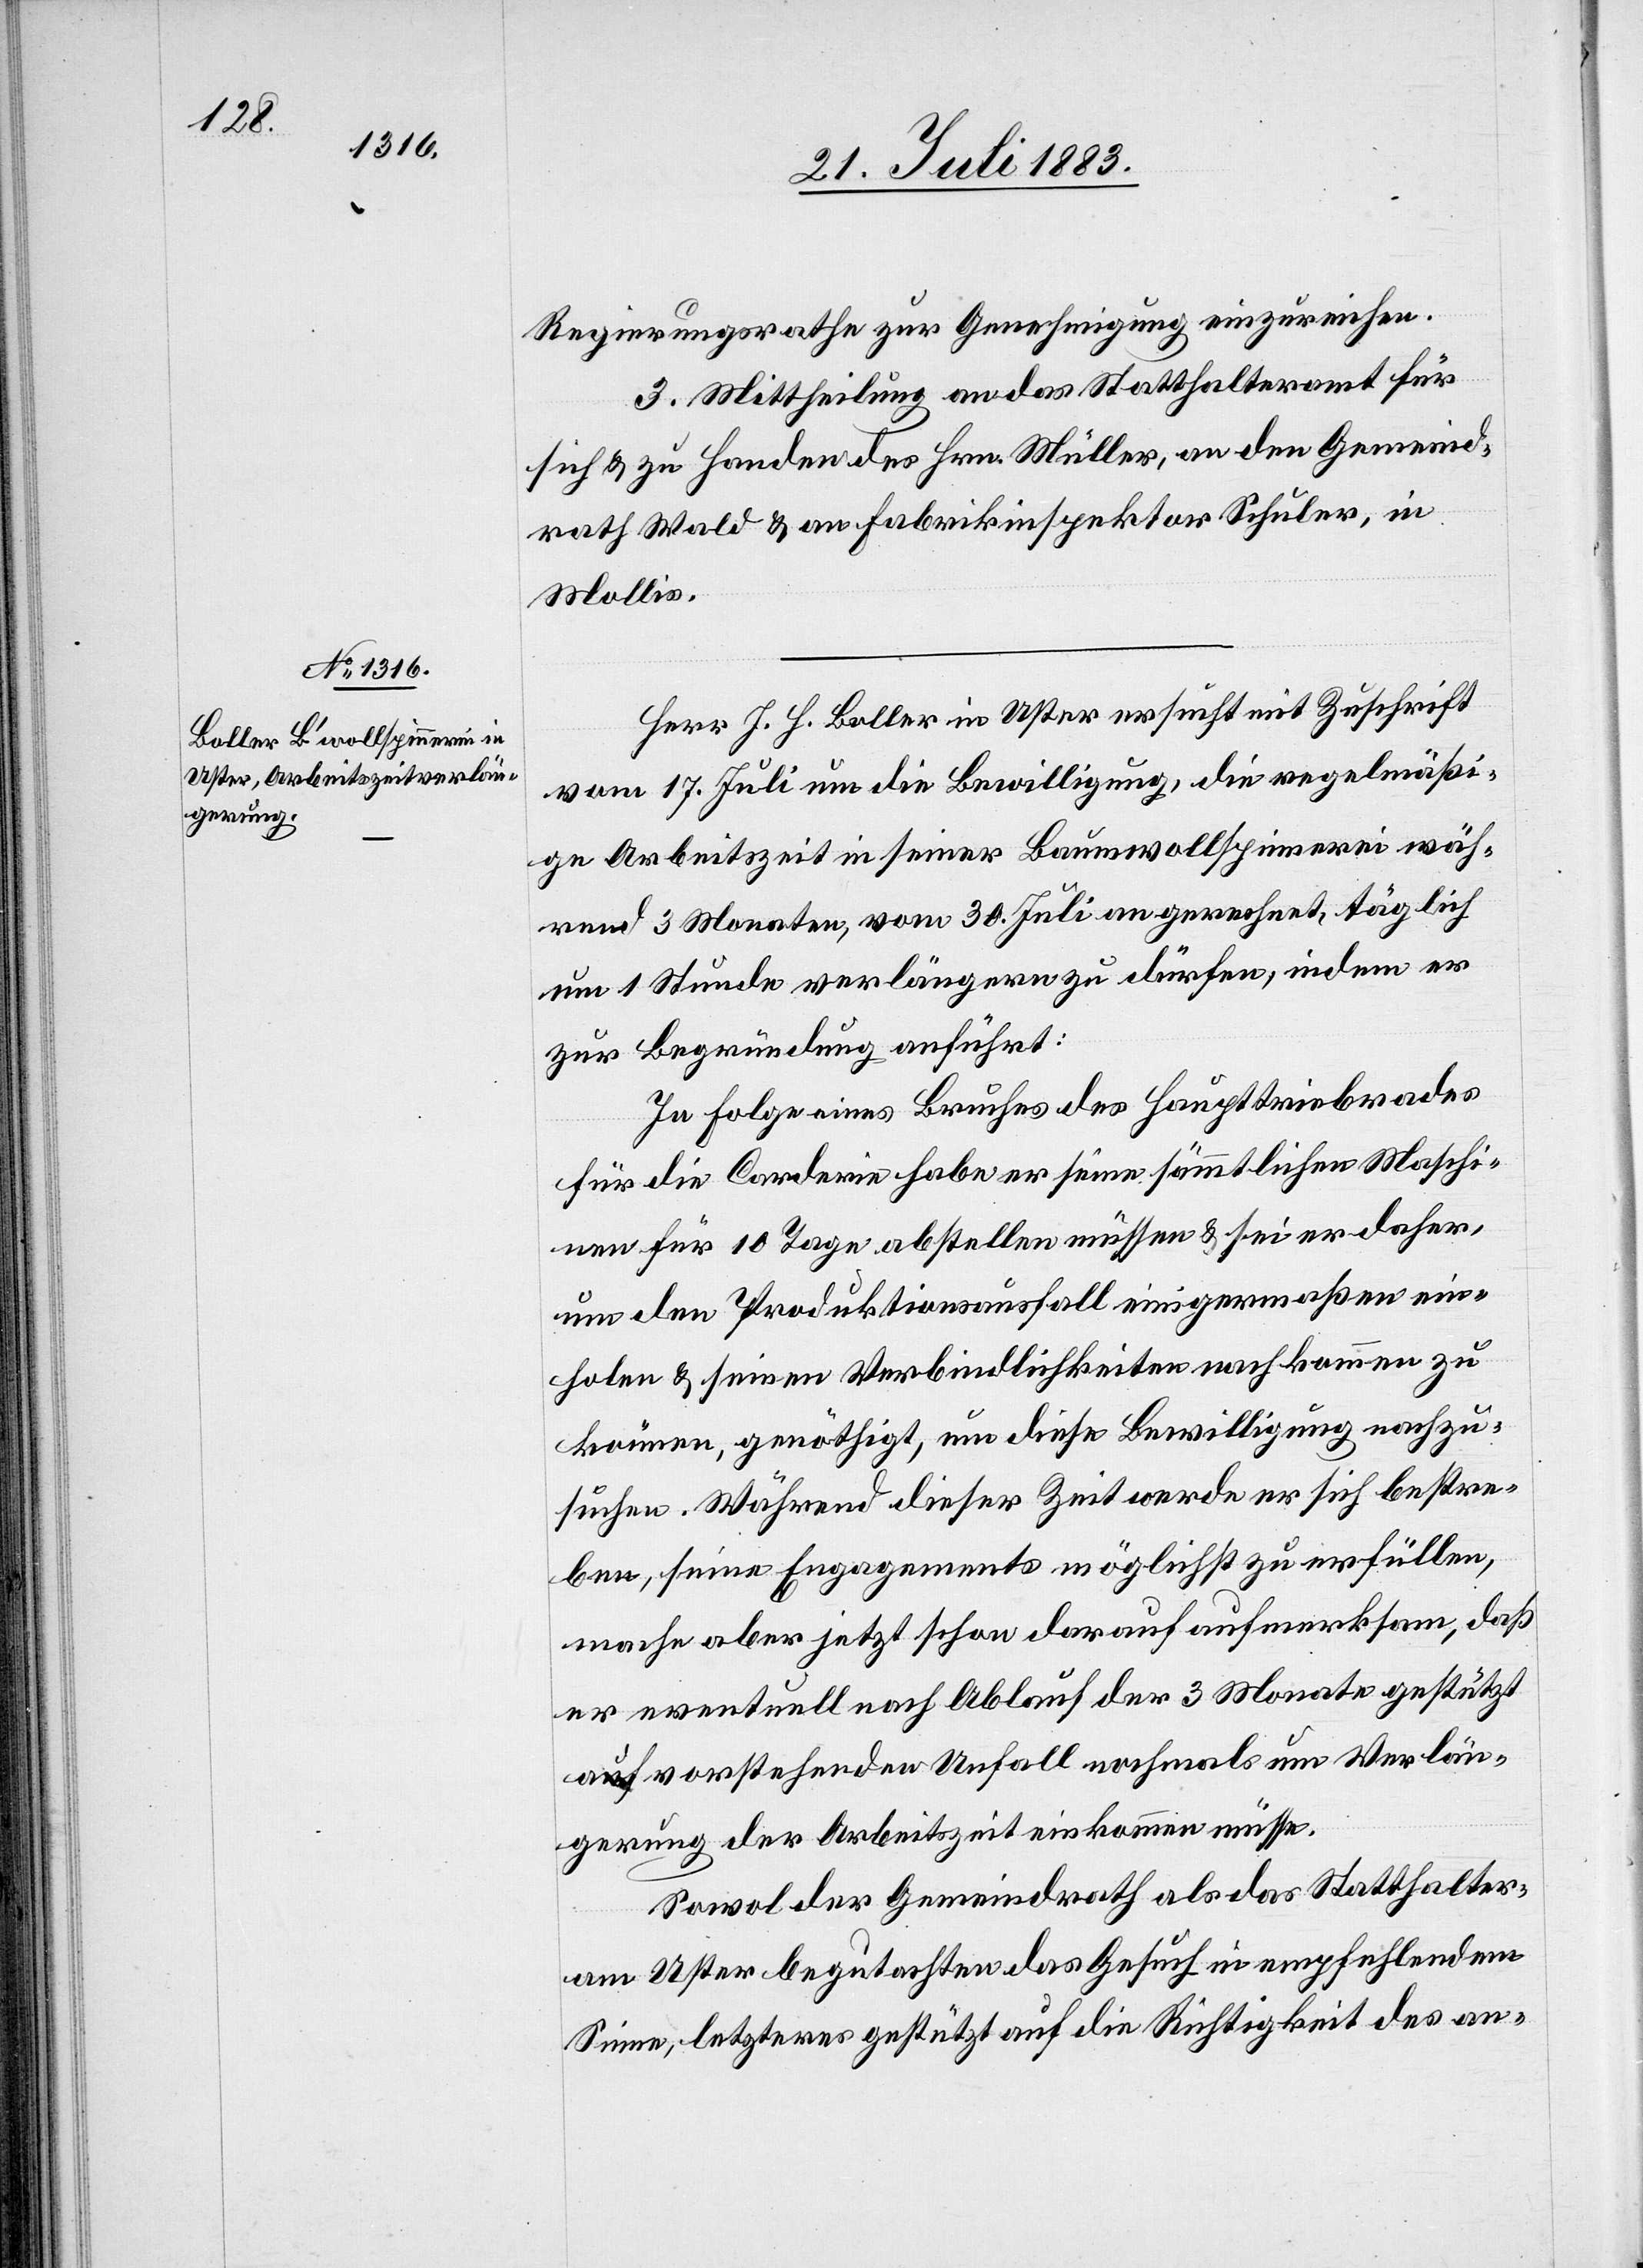
Regierungsrathe zur Genehmigung einzureichen.
3. Mittheilung an das Statthalteramt für
sich & zu Handen des Hrn. Müller, an den Gemeind¬
rath Wald & an Fabrikinspektor Schuler, in
Mollis.
Herr J. H. Boller in Uster ersucht mit Zuschrift
vom 17. Juli um die Bewilligung, die regelmäßi¬
ge Arbeitszeit in seiner Baumwollspinnerei wäh¬
rend 3 Monaten, vom 30. Juli an gerechnet, täglich
um 1 Stunde verlängern zu dürfen, indem er
zur Begründung anführt:
In Folge eines Bruches des Hauptreibrades
für die Carderie habe er seine sämmtlichen Maschi¬
nen für 10 Tage abstellen müssen & sei er daher,
um den Produktionsausfall einigermaßen ein¬
holen & seinen Verbindlichkeiten nachkommen zu
können, genöthigt, um diese Bewilligung nachzu¬
suchen. Während dieser Zeit werde er sich bestre¬
ben, seine Engagements möglichst zu erfüllen,
mache aber jetzt schon darauf aufmerksam, daß
er eventuell nach Ablauf der 3 Monate gestützt
auf vorstehenden Unfall nochmals um Verlän¬
gerung der Arbeitszeit einkommen müsse.
Sowol der Gemeindrath als das Statthalter¬
amt Uster begutachten das Gesuch in empfehlendem
Sinne, letzteres gestützt auf die Richtigkeit des an-